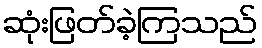
ဆုံးဖြတ်ခဲ့ကြသည်